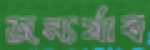
জন্যর্যাব